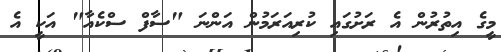
މީގެ އިތުރުން އެ ރަށުގައި ކުރިއަރަމުން އަންނަ "ސާފް ސްކެއާ" އަކީ އެ